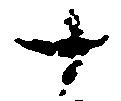
十